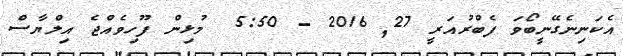
އެކަނިނެގޭނީބޯވަ ފެބްރުއަރީ 27